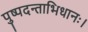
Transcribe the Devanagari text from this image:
पुष्पदन्ताभिधानः।